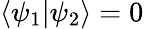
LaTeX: \langle\psi_{1}\vert\psi_{2}\rangle=0